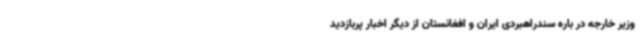
وزیر خارجه در باره سندراهبردی ایران و افغانستان از دیگر اخبار پربازدید